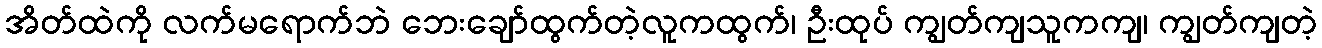
အိတ်ထဲကို လက်မရောက်ဘဲ ဘေးချော်ထွက်တဲ့လူကထွက်၊ ဦးထုပ် ကျွတ်ကျသူကကျ၊ ကျွတ်ကျတဲ့